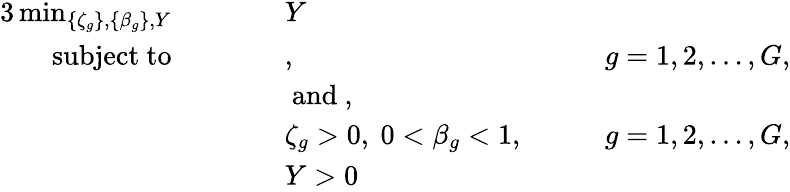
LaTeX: \begin{array}{rlrlrl}{{3}\operatorname*{min}_{\{ \zeta_{g}\} ,\{ \beta_{g}\} ,Y}}&{\quad}&&{Y}&&{}\\ {\mathrm{subject~to}}&{}&&{,}&{\quad}&{g=1,2,\ldots,G,}\\ &{}&&{\mathrm{~and~},}&&{}\\ &{}&&{\zeta_{g}>0,\ 0<\beta_{g}<1,}&{\quad}&{g=1,2,\ldots,G,}\\ &{}&&{Y>0}&&{}\end{array}